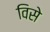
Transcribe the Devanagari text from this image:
विसे